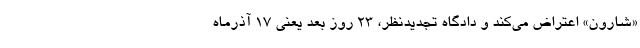
«شارون» اعتراض می‌کند و دادگاه تجدیدنظر، ۲۳ روز بعد یعنی ۱۷ آذرماه